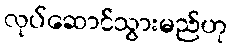
လုပ်ဆောင်သွားမည်ဟု